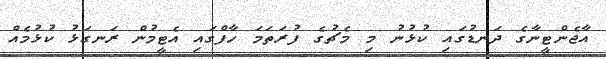
އާޖެންޓީނާގެ ދަނޑުގައި ކުޅުނު މި މެޗުގެ ފުރަތަމަ ހާފްގައި އެޓީމުން ރަނގަޅު ކުޅުމެއް